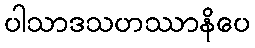
ပါသာဒသဟဿာနိပေ